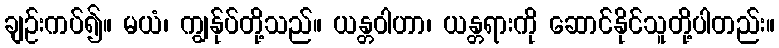
ချဉ်းကပ်၍။ မယံ၊ ကျွန်ုပ်တို့သည်။ ယန္တဝါဟာ၊ ယန္တရားကို ဆောင်နိုင်သူတို့ပါတည်း။